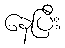
နေပြီး